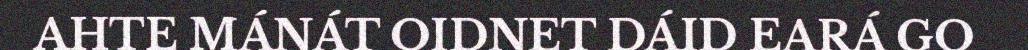
AHTE MÁNÁT OIDNET DÁID EARÁ GO